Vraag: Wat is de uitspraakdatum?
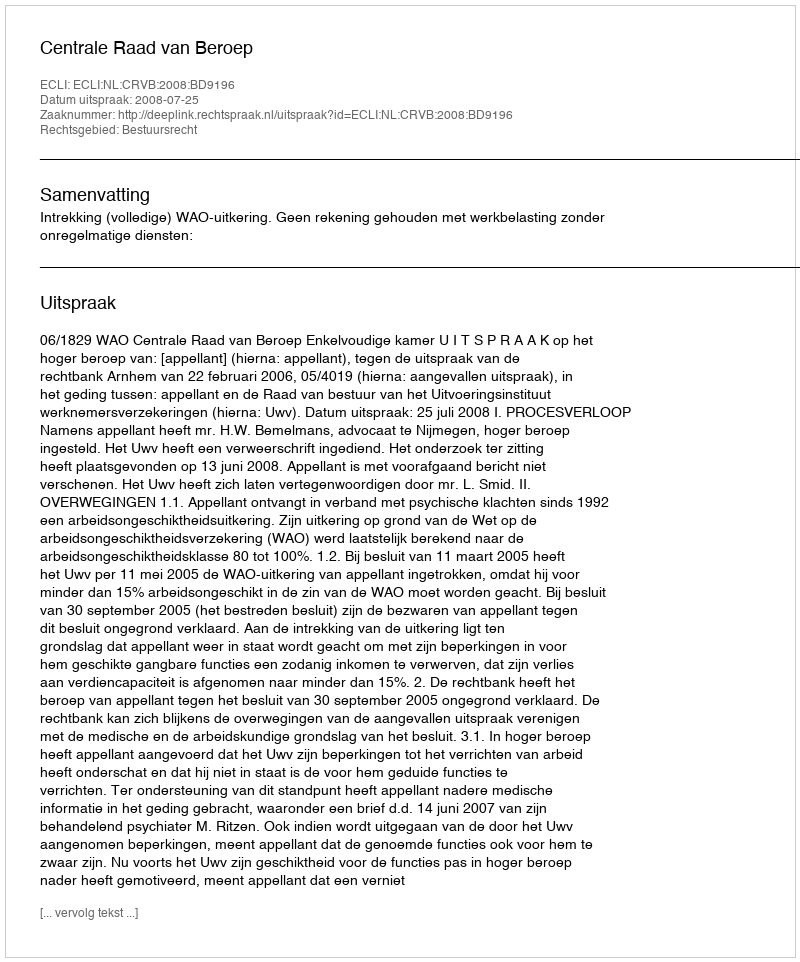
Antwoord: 2008-07-25